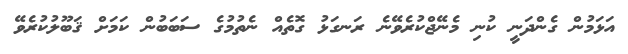
އަޅަމުން ގެންދަނީ ކުނި މެނޭޖްކުރެވޭނެ ރަނގަޅު ގޮތެއް ނެތުމުގެ ސަބަބުން ކަމަށް ޤަބޫލުކުރެވޭ